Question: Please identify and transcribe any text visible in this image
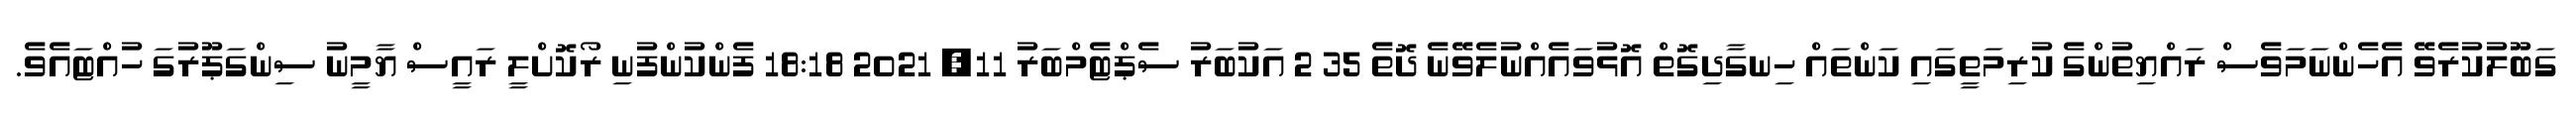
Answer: ގަބޫލުކުރެވޭ އެހެންނަމަވެސް ރައްޔިތުންގެ ކުރިމަތީގައި ކަންތައް ހިނގާދިގޮތް އޮޅުވައެއްނުލެވޭނެ ދޮތެ 35 2 އަކުބަރު ސެޕްޓެމްބަރު 11, 2021 18:18 ފެންކުންފުނި ރޯކޮށްލީ ރައީސް ޔާމީނު ސިންގަޕޫރުގަ ހުއްޓައެވެ.